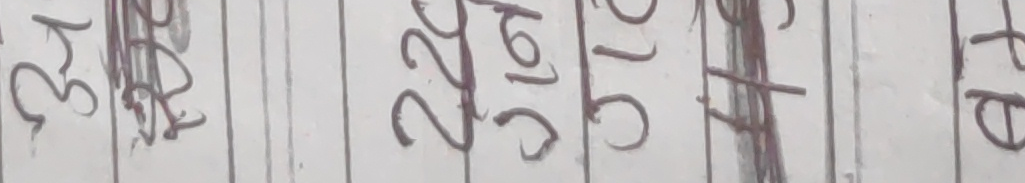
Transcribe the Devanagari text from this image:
३५ २२ १९ १० २५